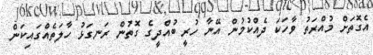
އެގޮތަށް މުއްރަތު ވާހަކަ ދެއްކުމުން އޭނާ ހުރީ ބުއްދީގެ ގޮތުން ރަނގަޅު ހާލަތެއްގައިކަން